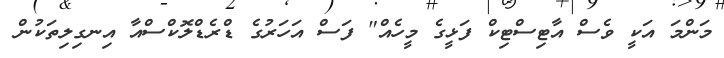
މަންމަ އަކީ ވެސް އާޓިސްޓިކް ފަޅީގެ މީހެއް" ފަސް އަހަރުގެ ޑްރެޑްލޮކްސްއާ އިނގިލިތަކުން